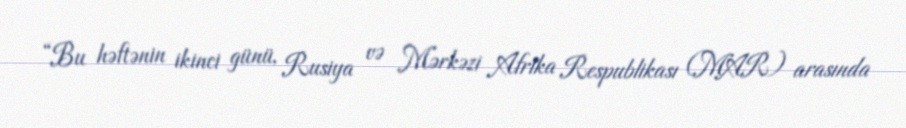
“Bu həftənin ikinci günü, Rusiya və Mərkəzi Afrika Respublikası (MAR) arasında